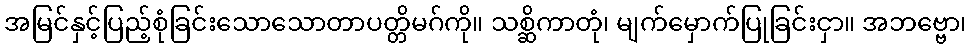
အမြင်နှင့်ပြည့်စုံခြင်းသောသောတာပတ္တိမဂ်ကို။ သစ္ဆိကာတုံ၊ မျက်မှောက်ပြုခြင်းငှာ။ အဘဗ္ဗော၊